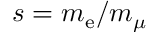
s = m _ { \mathrm { e } } / m _ { \mu }